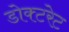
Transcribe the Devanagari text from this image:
डोक्टरेट